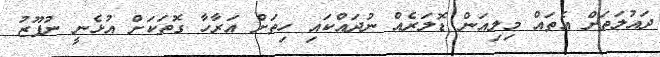
ދައުލަތަށް އެތައް މިލިއަން ޑޮލަރެއް ނުދައްކައި ހިތަށް އަރާހާ ގޮތަކަށް އުޅެނީ ނުފޫޒު